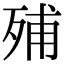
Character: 𣨈